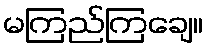
မကြည်ကြချေ။